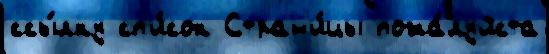
ссы́лку сп'и́сок Стран'и́цы пожа́луйста